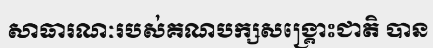
សាធារណៈរបស់គណបក្សសង្គ្រោះជាតិ បាន